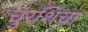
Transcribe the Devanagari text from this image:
चुरशिचा